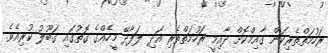
ރަހުމަތްތެރިކަން ގާއިމްކޮށް ދާއިމީ ރަހުމަތްތެރި އަދި ލަފާދޭ މީހެއްގެ ގޮތުގައި ގަބޫލު ކުރިއެވެ.